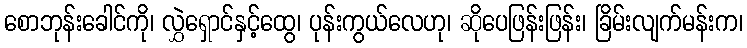
စောဘုန်းခေါင်ကို၊ လွှဲရှောင်နှင့်ထွေ၊ ပုန်းကွယ်လေဟု၊ ဆိုပေဖြန်းဖြန်း၊ ခြိမ်းလျက်မန်းက၊